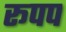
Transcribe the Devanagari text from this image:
रूपप